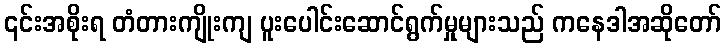
၎င်းအစိုးရ တံတားကျိုးကျ ပူးပေါင်းဆောင်ရွက်မှုများသည် ကနေဒါအဆိုတော်